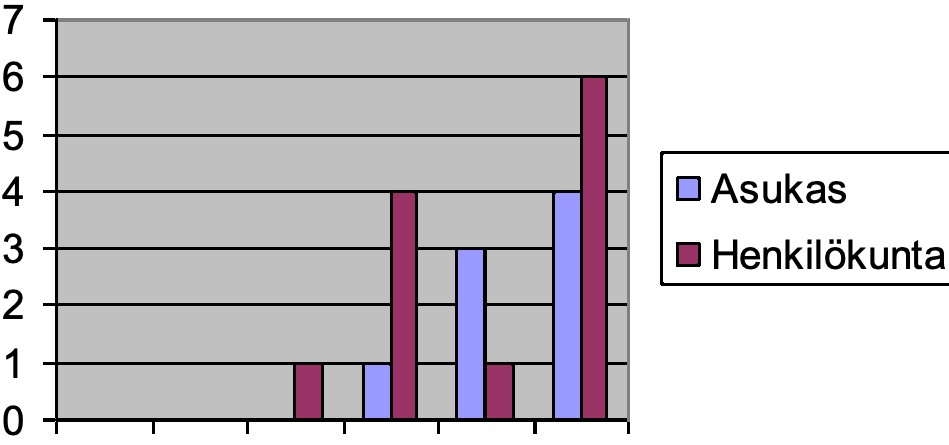
7 6 5 4                       Asukas 3                       Henkilökunta 2 1 0